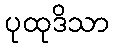
ပုထုဒိသာ